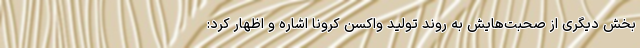
بخش دیگری از صحبت‌هایش به روند تولید واکسن کرونا اشاره و اظهار کرد: